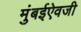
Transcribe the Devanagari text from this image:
मुंबईऐवजी